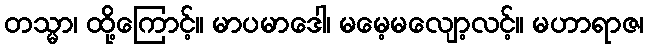
တသ္မာ၊ ထို့ကြောင့်။ မာပမာဒေါ၊ မမေ့မလျော့လင့်။ မဟာရာဇ၊